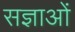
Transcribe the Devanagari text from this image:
सज्ञाओं